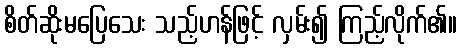
စိတ်ဆိုးမပြေသေး သည့်ဟန်ဖြင့် လှမ်း၍ ကြည့်လိုက်၏။